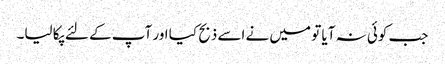
جب کوئی نہ آیا تو میں نے اسے ذبح کیا اور آپ کے لئے پکا لیا۔